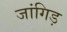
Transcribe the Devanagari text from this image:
जांगिड़